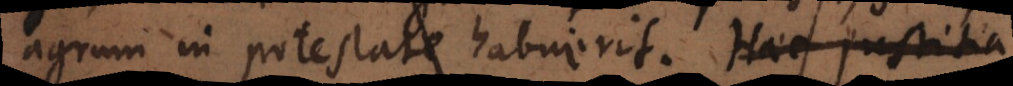
agrum in potestate habuerit. Haec justitia